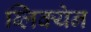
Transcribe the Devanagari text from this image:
ब्लिक्येन